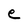
Character: e